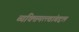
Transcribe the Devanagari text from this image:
व्यक्तिमत्त्वांबद्दल